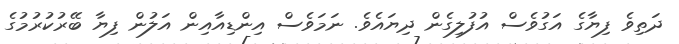
ދަތިވެ ފިޔާގެ އަގުވެސް އުފުލިގެން ދިޔައެވެ. ނަމަވެސް އިންޑިއާއިން އަލުން ފިޔާ ބޭރުކުރުމުގެ